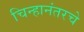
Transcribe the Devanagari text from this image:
चिन्हानंतरचे